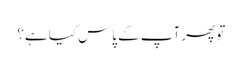
تو پھر آپ کے پاس کیا ہے؟